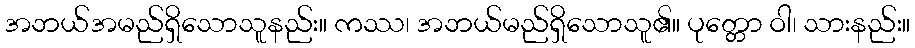
အဘယ်အမည်ရှိသောသူနည်း။ ကဿ၊ အဘယ်မည်ရှိသောသူ၏။ ပုတ္တော ဝါ၊ သားနည်း။